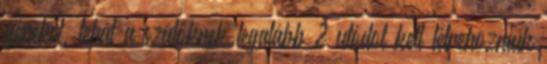
géneket, tehát a szülőknek legalább 2 utódot kell létrehozniuk